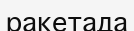
ракетада